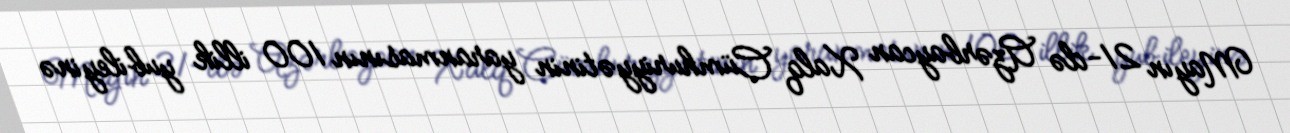
Mayın 21-də Azərbaycan Xalq Cümhuriyyətinin yaranmasının 100 illik yubileyinə